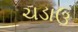
ચડાઉ